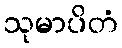
သုမာပိတံ